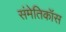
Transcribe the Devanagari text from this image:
संमेतिकॉस